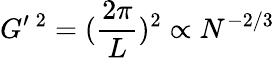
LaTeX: G^{\prime}\, ^{2}=(\frac{2\pi}{L})^{2}\propto N^{-2/3}